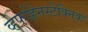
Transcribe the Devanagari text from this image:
व्हेर्फाह्रेनस्टेक्निक